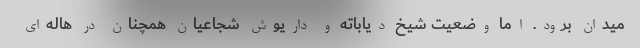
میدان برود. اما وضعیت شیخ دیاباته و داریوش شجاعیان همچنان در هاله‌ای